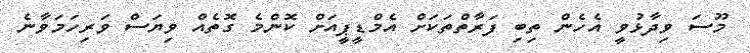
މޫސަ ވިދާޅުވީ އެހެން ތިބި ފަރާތްތަކަށް އެމްޑީޕީއަށް ކޮންމެ ގޮތެއް ވިޔަސް ވަރިހަމަވާނެ